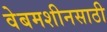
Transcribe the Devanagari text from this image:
वेबमशीनसाठी